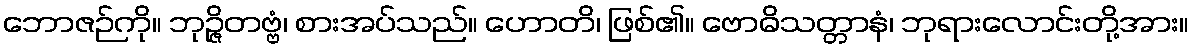
ဘောဇဉ်ကို။ ဘုဉ္ဇိတဗ္ဗံ၊ စားအပ်သည်။ ဟောတိ၊ ဖြစ်၏။ ဗောဓိသတ္တာနံ၊ ဘုရားလောင်းတို့အား။